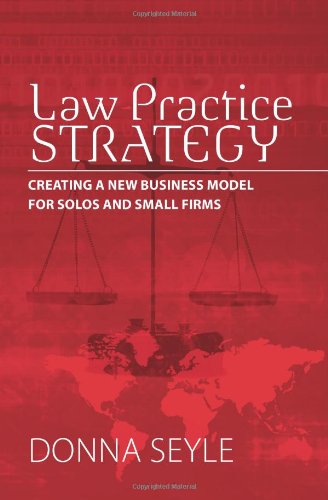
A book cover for Law Practice Strategy: Creating a New Business Model for Solos and Small Firms; Donna K. Seyle; Law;